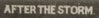
AFTER THE STORM